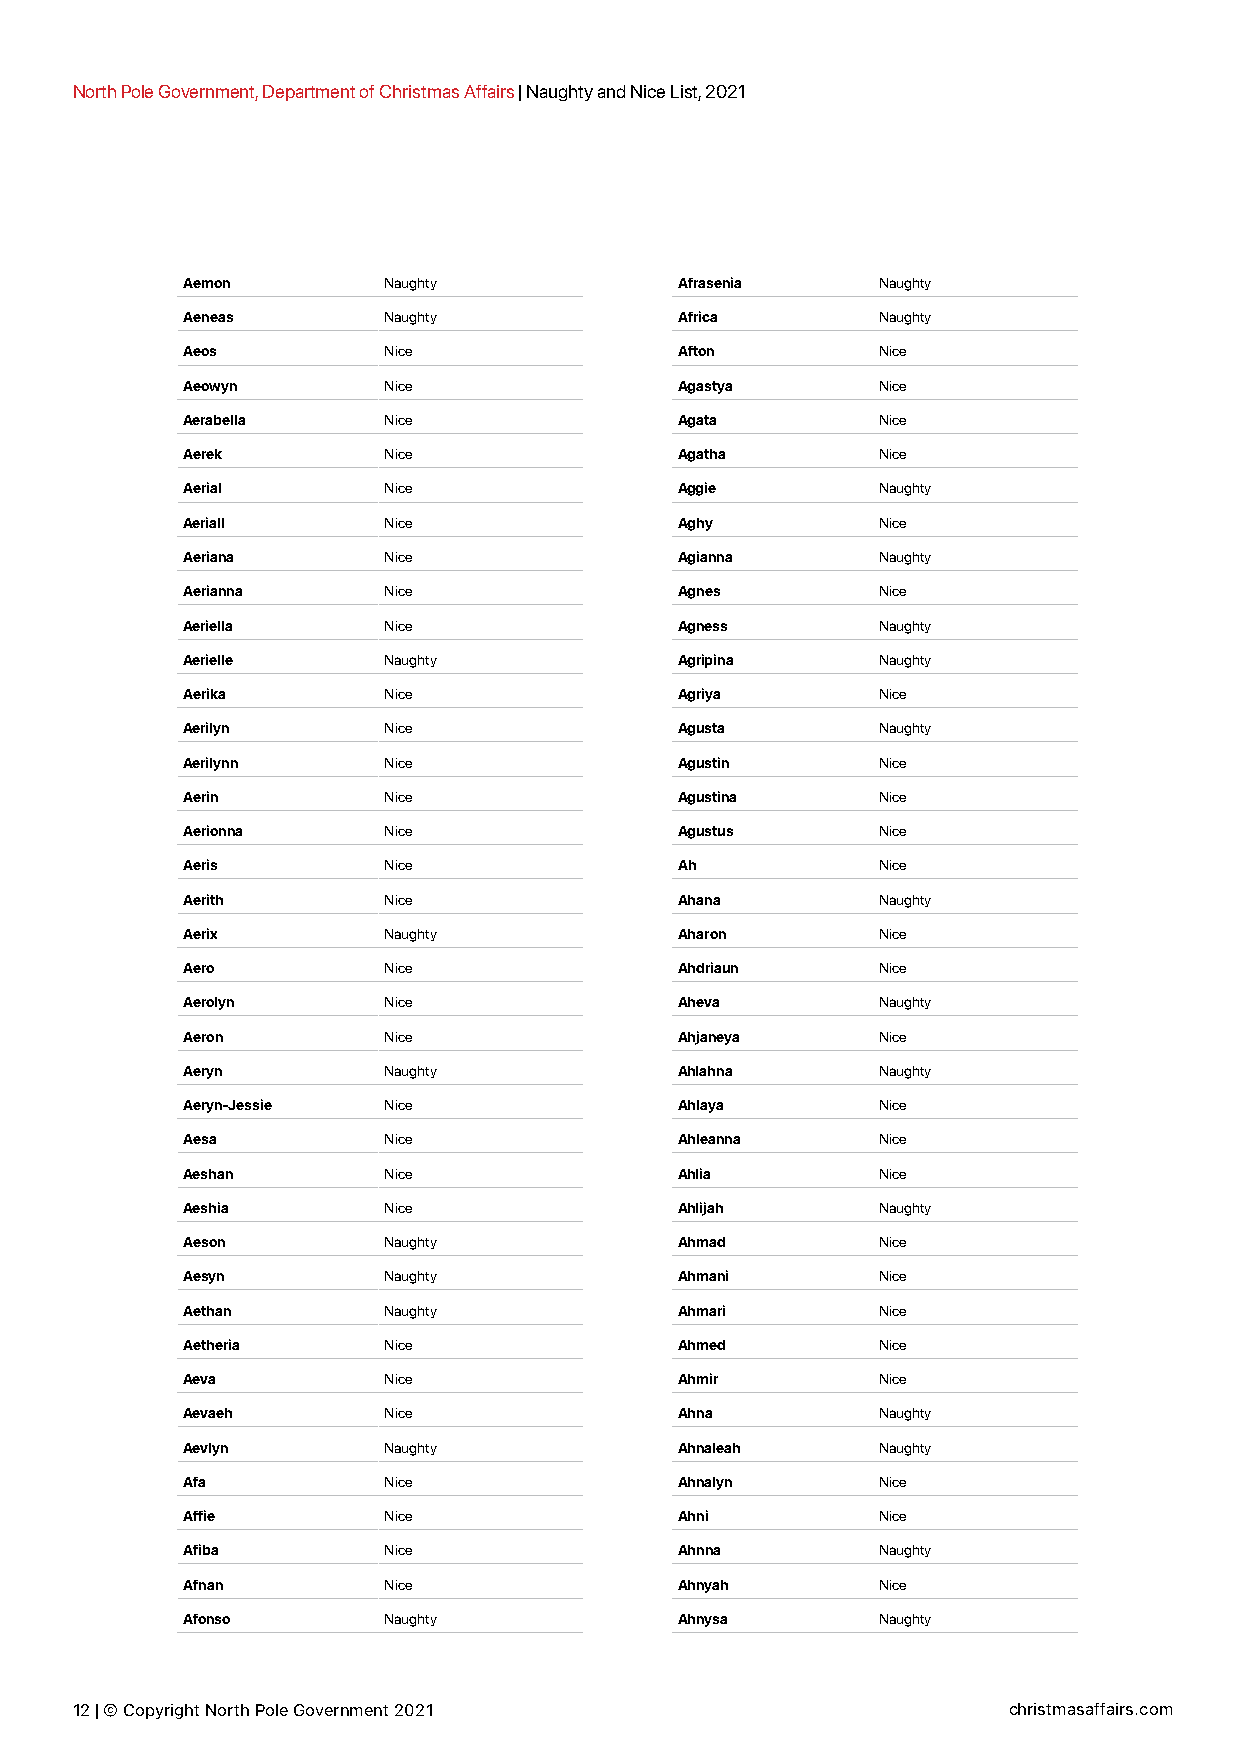
North Pole Government, Department of Christmas Affairs | Naughty and Nice List, 2021
 Aemon        Naughty             Afrasenia    Naughty
 Aeneas       Naughty             Africa       Naughty
 Aeos         Nice                Afton        Nice
 Aeowyn       Nice                Agastya      Nice
 Aerabella    Nice                Agata        Nice
 Aerek        Nice                Agatha       Nice
 Aerial       Nice                Aggie        Naughty
 Aeriall      Nice                Aghy         Nice
 Aeriana      Nice                Agianna      Naughty
 Aerianna     Nice                Agnes        Nice
 Aeriella     Nice                Agness       Naughty
 Aerielle     Naughty             Agripina     Naughty
 Aerika       Nice                Agriya       Nice
 Aerilyn      Nice                Agusta       Naughty
 Aerilynn     Nice                Agustin      Nice
 Aerin        Nice                Agustina     Nice
 Aerionna     Nice                Agustus      Nice
 Aeris        Nice                Ah           Nice
 Aerith       Nice                Ahana        Naughty
 Aerix        Naughty             Aharon       Nice
 Aero         Nice                Ahdriaun     Nice
 Aerolyn      Nice                Aheva        Naughty
 Aeron        Nice                Ahjaneya     Nice
 Aeryn        Naughty             Ahlahna      Naughty
 Aeryn-Jessie Nice                Ahlaya       Nice
 Aesa         Nice                Ahleanna     Nice
 Aeshan       Nice                Ahlia        Nice
 Aeshia       Nice                Ahlijah      Naughty
 Aeson        Naughty             Ahmad        Nice
 Aesyn        Naughty             Ahmani       Nice
 Aethan       Naughty             Ahmari       Nice
 Aetheria     Nice                Ahmed        Nice
 Aeva         Nice                Ahmir        Nice
 Aevaeh       Nice                Ahna         Naughty
 Aevlyn       Naughty             Ahnaleah     Naughty
 Afa          Nice                Ahnalyn      Nice
 Affie        Nice                Ahni         Nice
 Afiba        Nice                Ahnna        Naughty
 Afnan        Nice                Ahnyah       Nice
 Afonso       Naughty             Ahnysa       Naughty
 12 | © Copyright North Pole Government 2021                   christmasaffairs.com